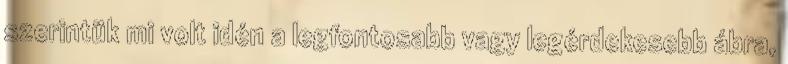
szerintük mi volt idén a legfontosabb vagy legérdekesebb ábra,